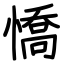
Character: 憍